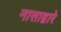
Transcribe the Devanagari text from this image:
नासाद्वारे